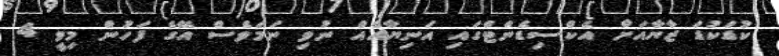
ކުޑަކުޑަ ޒާޔާއަށް އެކްސިޑެންޓްގައި އަނިޔާއެއް ނުވި ނަމަވެސް އޭގެ ފަހުން މިވީ 4